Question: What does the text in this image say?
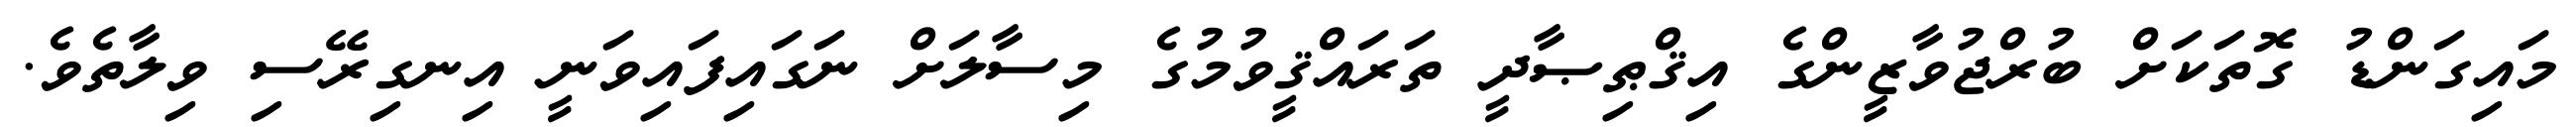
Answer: މައިގަންޑު ގޮތަކަށް ބުރްޖުވާޒީންގެ އިޤްޠިޞާދީ ތަރައްޤީވުމުގެ މިސާލަށް ނަގައިފައިވަނީ އިނގިރޭސި ވިލާތެވެ.